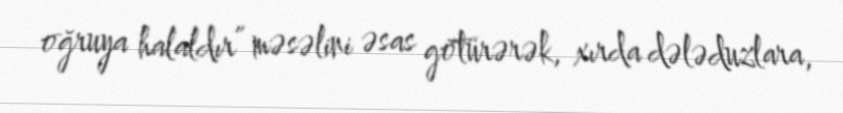
oğruya halaldır” məsəlini əsas götürərək, xırda dələduzlara,